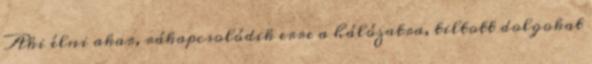
Aki élni akar, rákapcsolódik erre a hálózatra, tiltott dolgokat